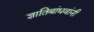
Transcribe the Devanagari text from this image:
ज्ञातिबांधवांनी